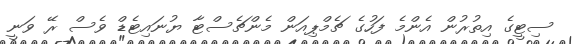
ސިޓީގެ އިތުރުން އެންމެ ފަހުގެ ޗެމްޕިއަން މެންޗެސްޓާ ޔުނައިޓެޑް ވެސް ރޭ ވަނީ